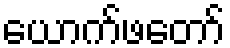
ယောက်ဖတော်